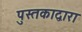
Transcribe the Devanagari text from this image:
पुस्तकाद्वारा